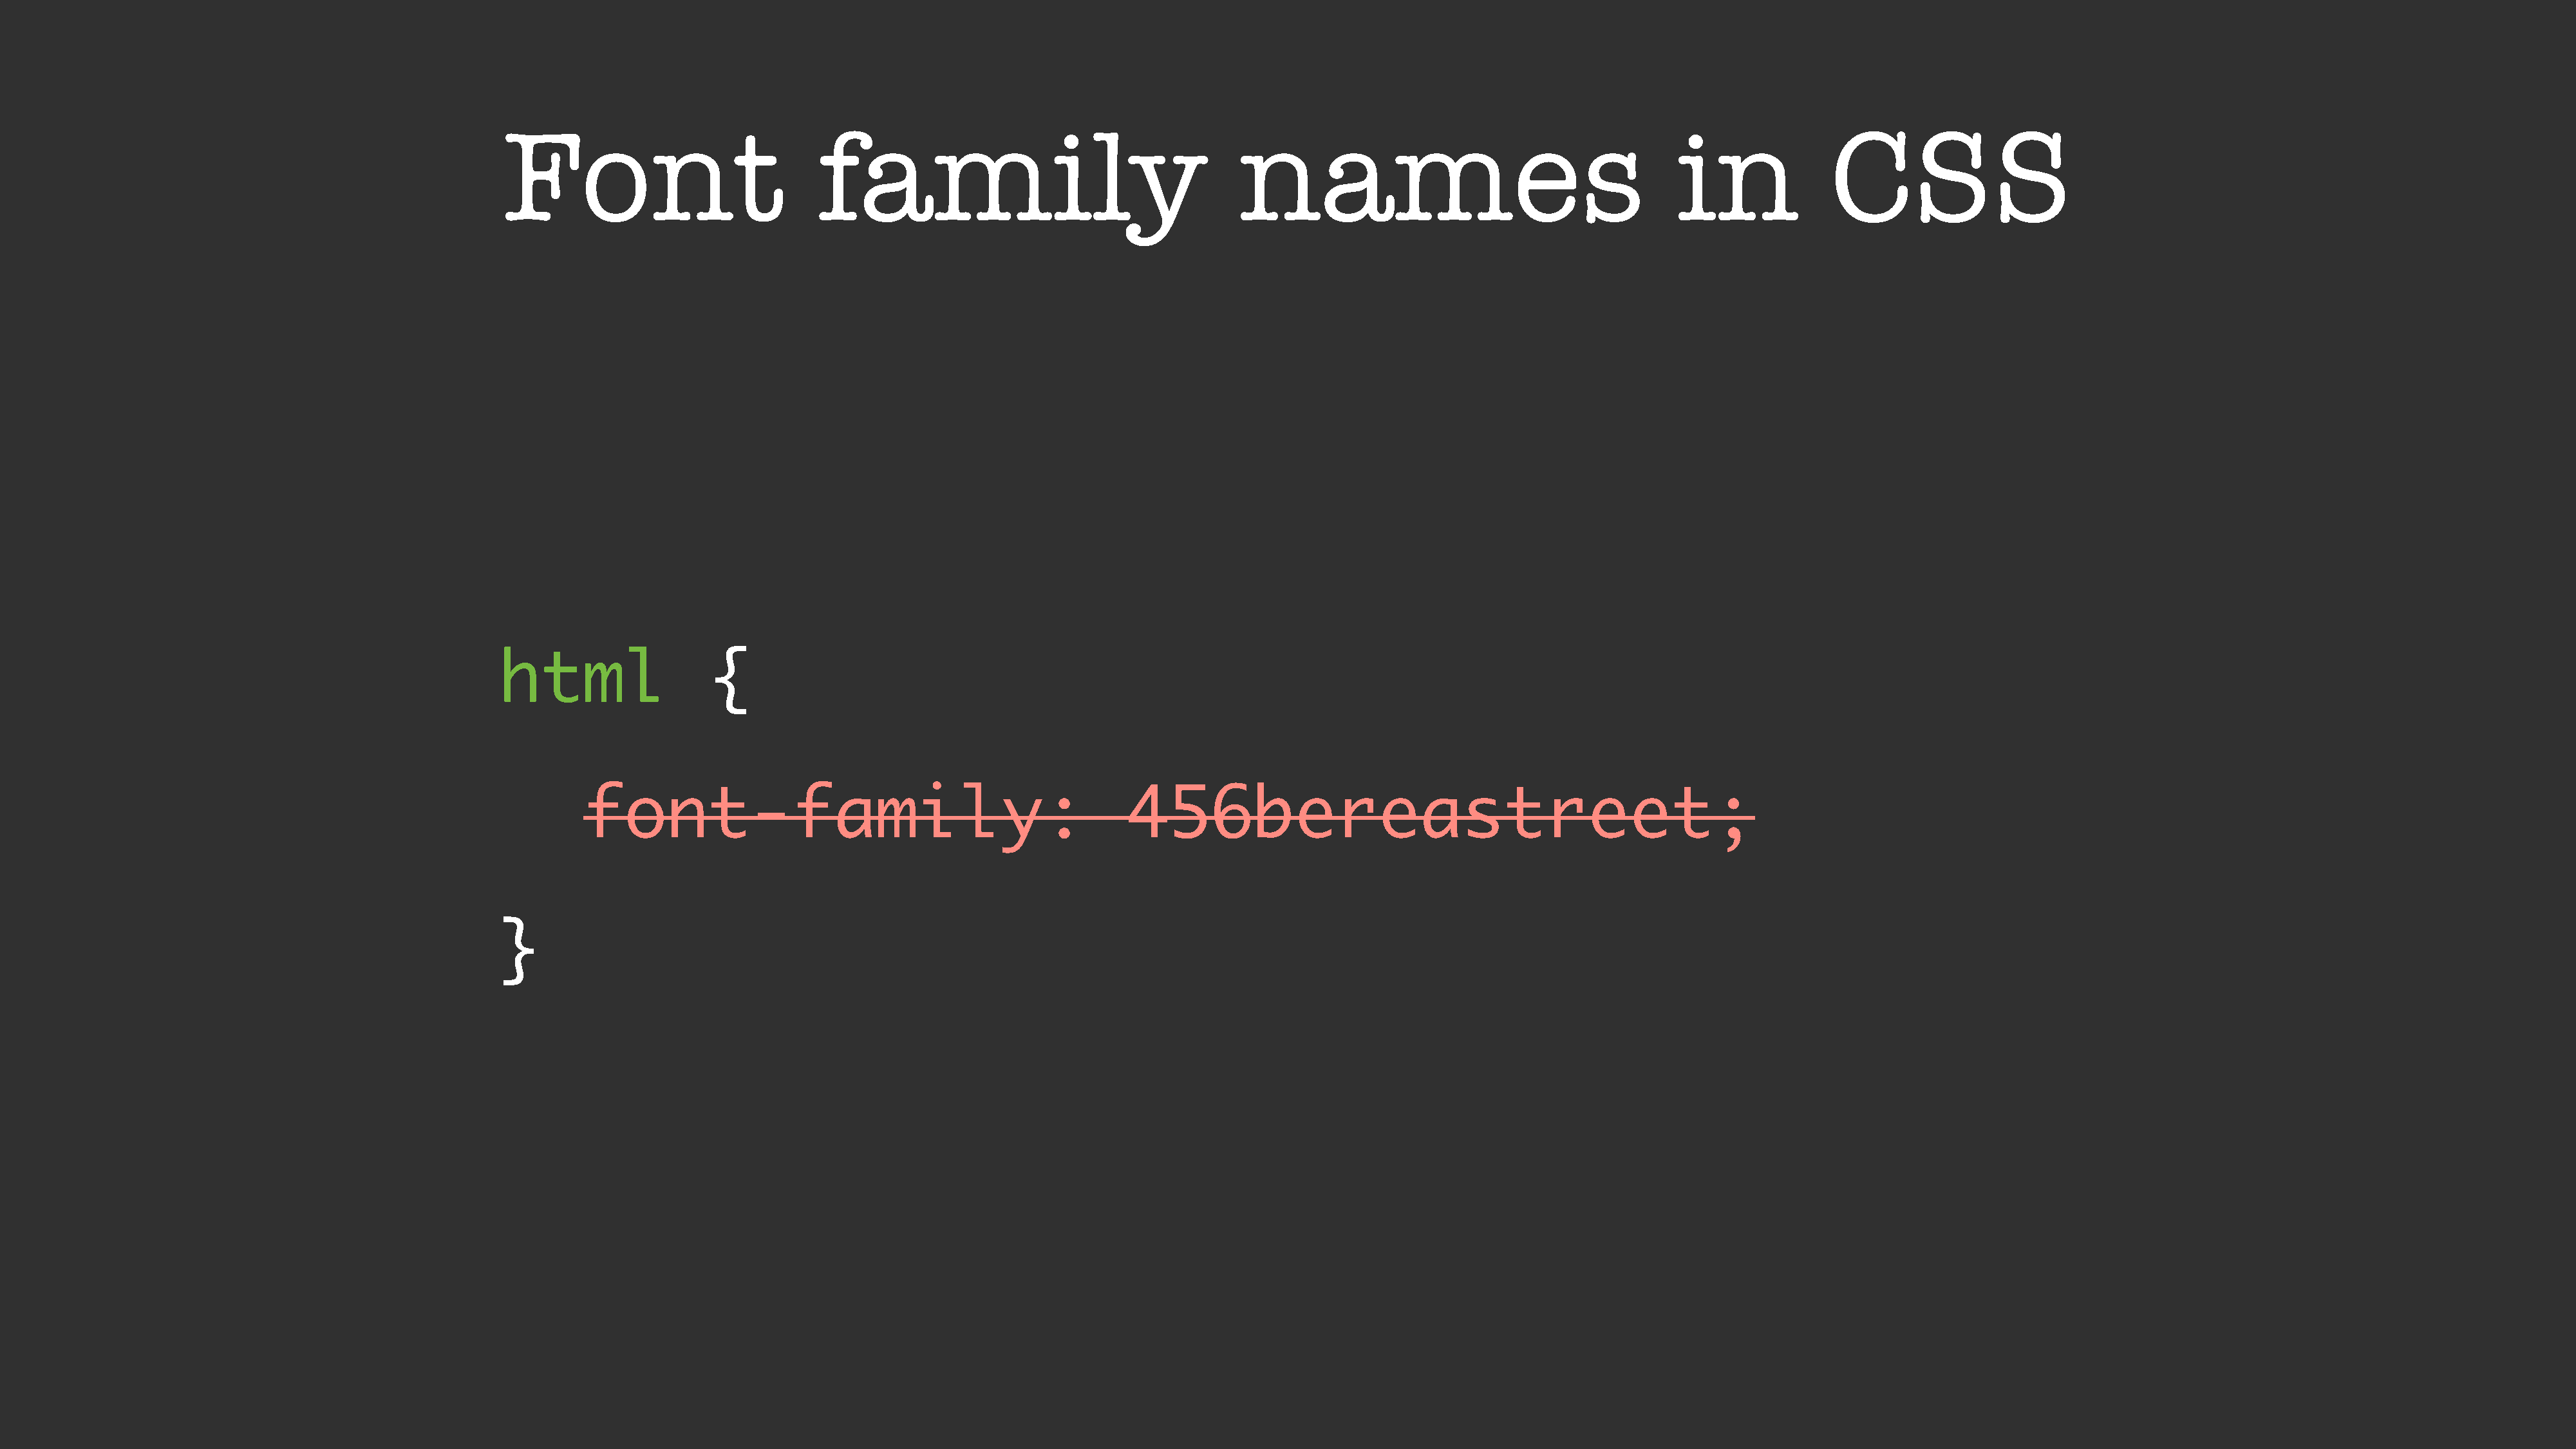
Font                            family                                     names                                        in              CSS
 html                  {
 font-family:                                            456bereastreet;
 }